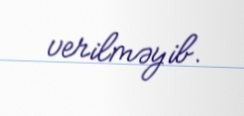
verilməyib.